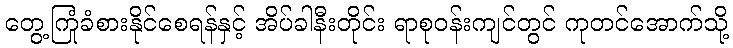
တွေ့ကြုံခံစားနိုင်စေရန်နှင့် အိပ်ခါနီးတိုင်း ရာစုဝန်းကျင်တွင် ကုတင်အောက်သို့